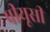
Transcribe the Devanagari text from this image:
पीयूसी